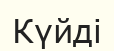
Күйді